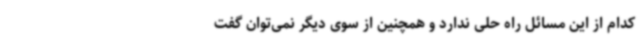
کدام از این مسائل راه حلی ندارد و همچنین از سوی دیگر نمی‌توان گفت